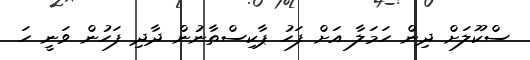
ސްކޫލަށް ދިން ހަމަލާ އަށް ފަހު ޕާކިސްތާނުން ދާދި ފަހުން ވަނީ ހަ